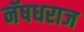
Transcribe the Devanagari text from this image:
नॅषधराज